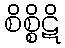
စိစ္စိဋိ